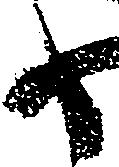
日